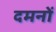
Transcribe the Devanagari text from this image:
दमनों